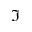
\Im